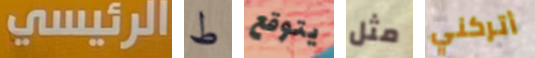
الرئيسي ط يتوقع مثل أتركني